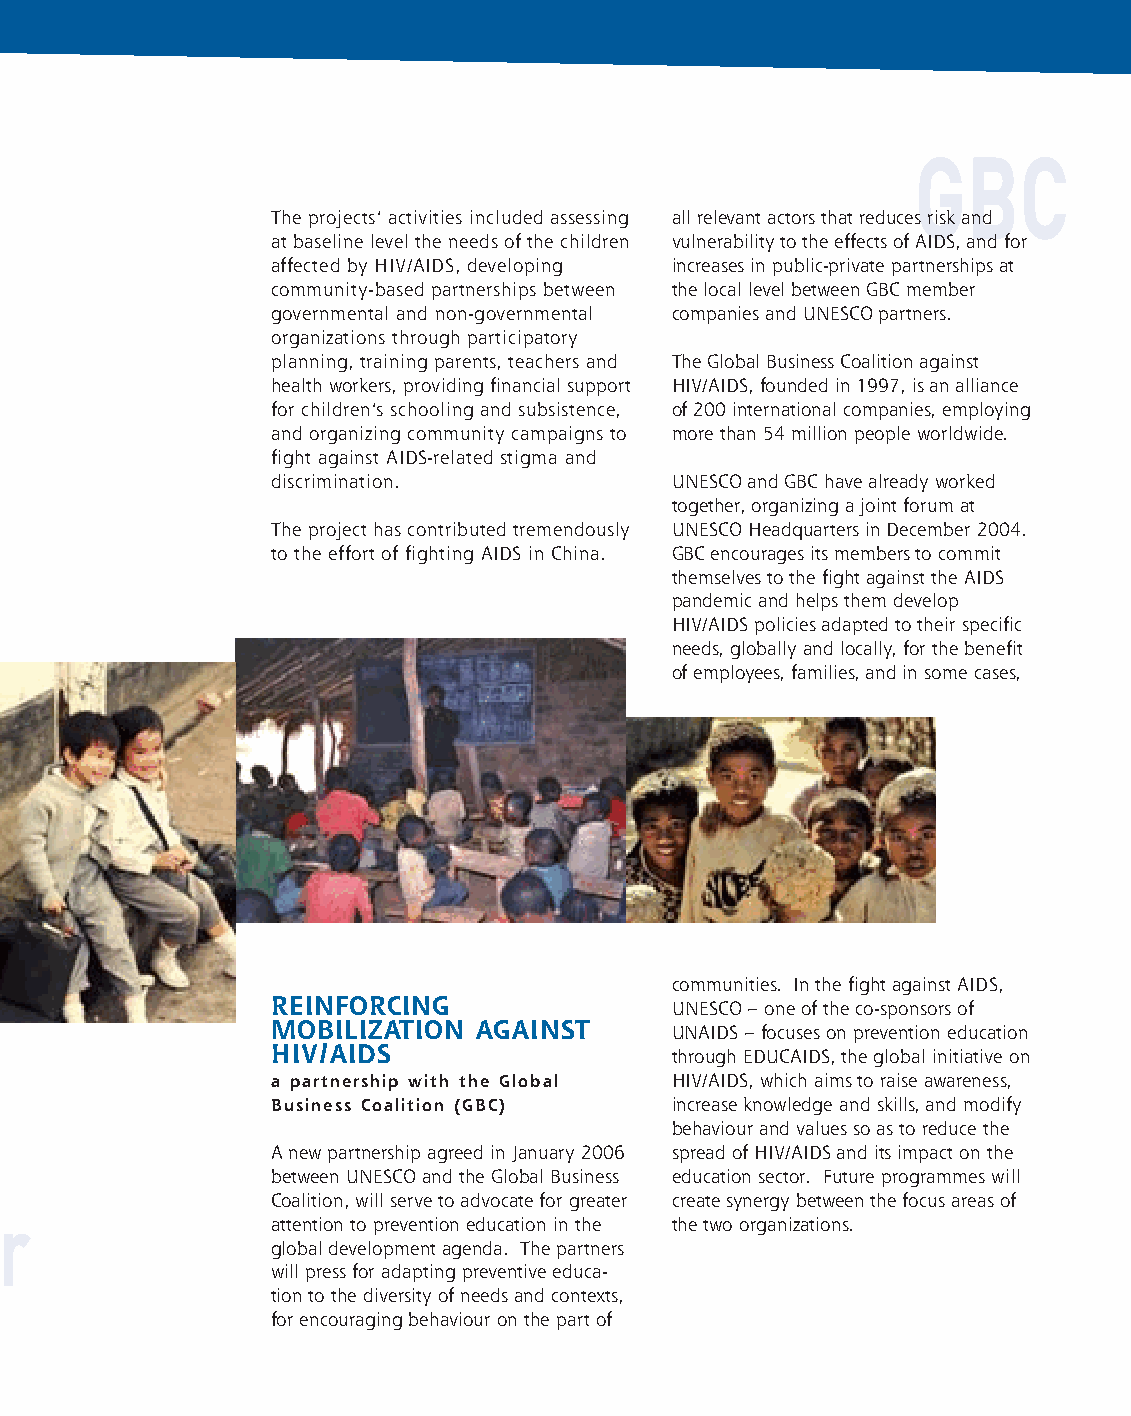
fiches_partners_UK 1/11/06 16:47 Page 4
 GBC
 f
 The projects’ activities included assessing all relevant actors that reduces risk and
 at baseline level the needs of the children vulnerability to the effects of AIDS, and for
 affected by HIV/AIDS, developing increases in public-private partnerships at
 community-based partnerships between the local level between GBC member
 governmental and non-governmental companies and UNESCO partners.
 organizations through participatory
 planning, training parents, teachers and The Global Business Coalition against
 health workers, providing financial support HIV/AIDS, founded in 1997, is an alliance
 for children’s schooling and subsistence, of 200 international companies, employing
 and organizing community campaigns to more than 54 million people worldwide.
 fight against AIDS-related stigma and
 discrimination.            UNESCO and GBC have already worked
 together, organizing a joint forum at
 The project has contributed tremendously UNESCO Headquarters in December 2004.
 to the effort of fighting AIDS in China. GBC encourages its members to commit
 themselves to the fight against the AIDS
 pandemic and helps them develop
 HIV/AIDS policies adapted to their specific
 needs, globally and locally, for the benefit
 of employees, families, and in some cases,
 communities. In the fight against AIDS,
 REINFORCING                UNESCO – one of the co-sponsors of
 MOBILIZATION  AGAINST      UNAIDS – focuses on prevention education
 HIV/AIDS                   through EDUCAIDS, the global initiative on
 a partnership with the Global HIV/AIDS, which aims to raise awareness,
 Business Coalition (GBC)   increase knowledge and skills, and modify
 behaviour and values so as to reduce the
 A new partnership agreed in January 2006 spread of HIV/AIDS and its impact on the
 between UNESCO and the Global Business education sector. Future programmes will
 Coalition, will serve to advocate for greater create synergy between the focus areas of
 er
 attention to prevention education in the the two organizations.
 global development agenda. The partners
 will press for adapting preventive educa-
 e
 tion to the diversity of needs and contexts,
 for encouraging behaviour on the part of